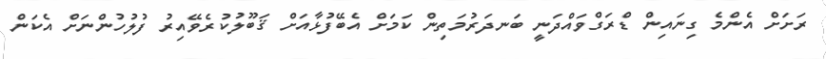
ރަށަށް އެންމެ ގިނައިން ޑްރަގްވައްދަނީ ބަނދަރުމަތިން ކަމަށް އެބޭފުޅާއަށް ޤަބޫލުކުރެވޭއިރު ފުލުހުންނަށް އެކަން